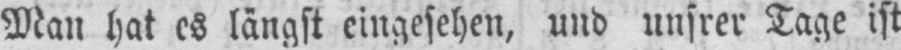
Man hat es längst eingesehen, und unsrer Tage ist